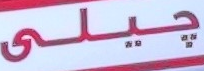
جيلي